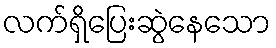
လက်ရှိပြေးဆွဲနေသော